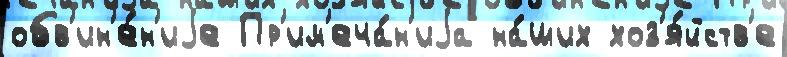
обв'ин'е́н'иjе Пр'им'еча́н'иjа на́ших хоз'я́йств'е